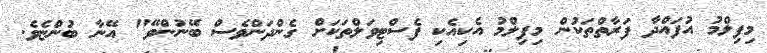
މިފިލްމު އުފައްދާ ފަރާތްތަކުން މިފިލްމު އެކިއެކި ފެސްޓިވަލްތަކަށް ގެންދަންވެސް ބޭނުންވޭ" އޭނާ ބުންޏެވެ.